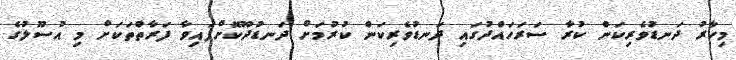
މިހާރު ދަނޑުވެރިކަން ކުރާ ސަރަހައްދުގައި ދަނޑުވެރިކަން ކުރުމަށް ދަނޑުދޫކޮށްފައިވާ ފަރާތްތަކަށް މި އުސޫލުގެ